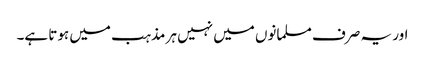
اور یہ صرف مسلمانوں میں نہیں ہر مذہب میں ہوتا ہے۔